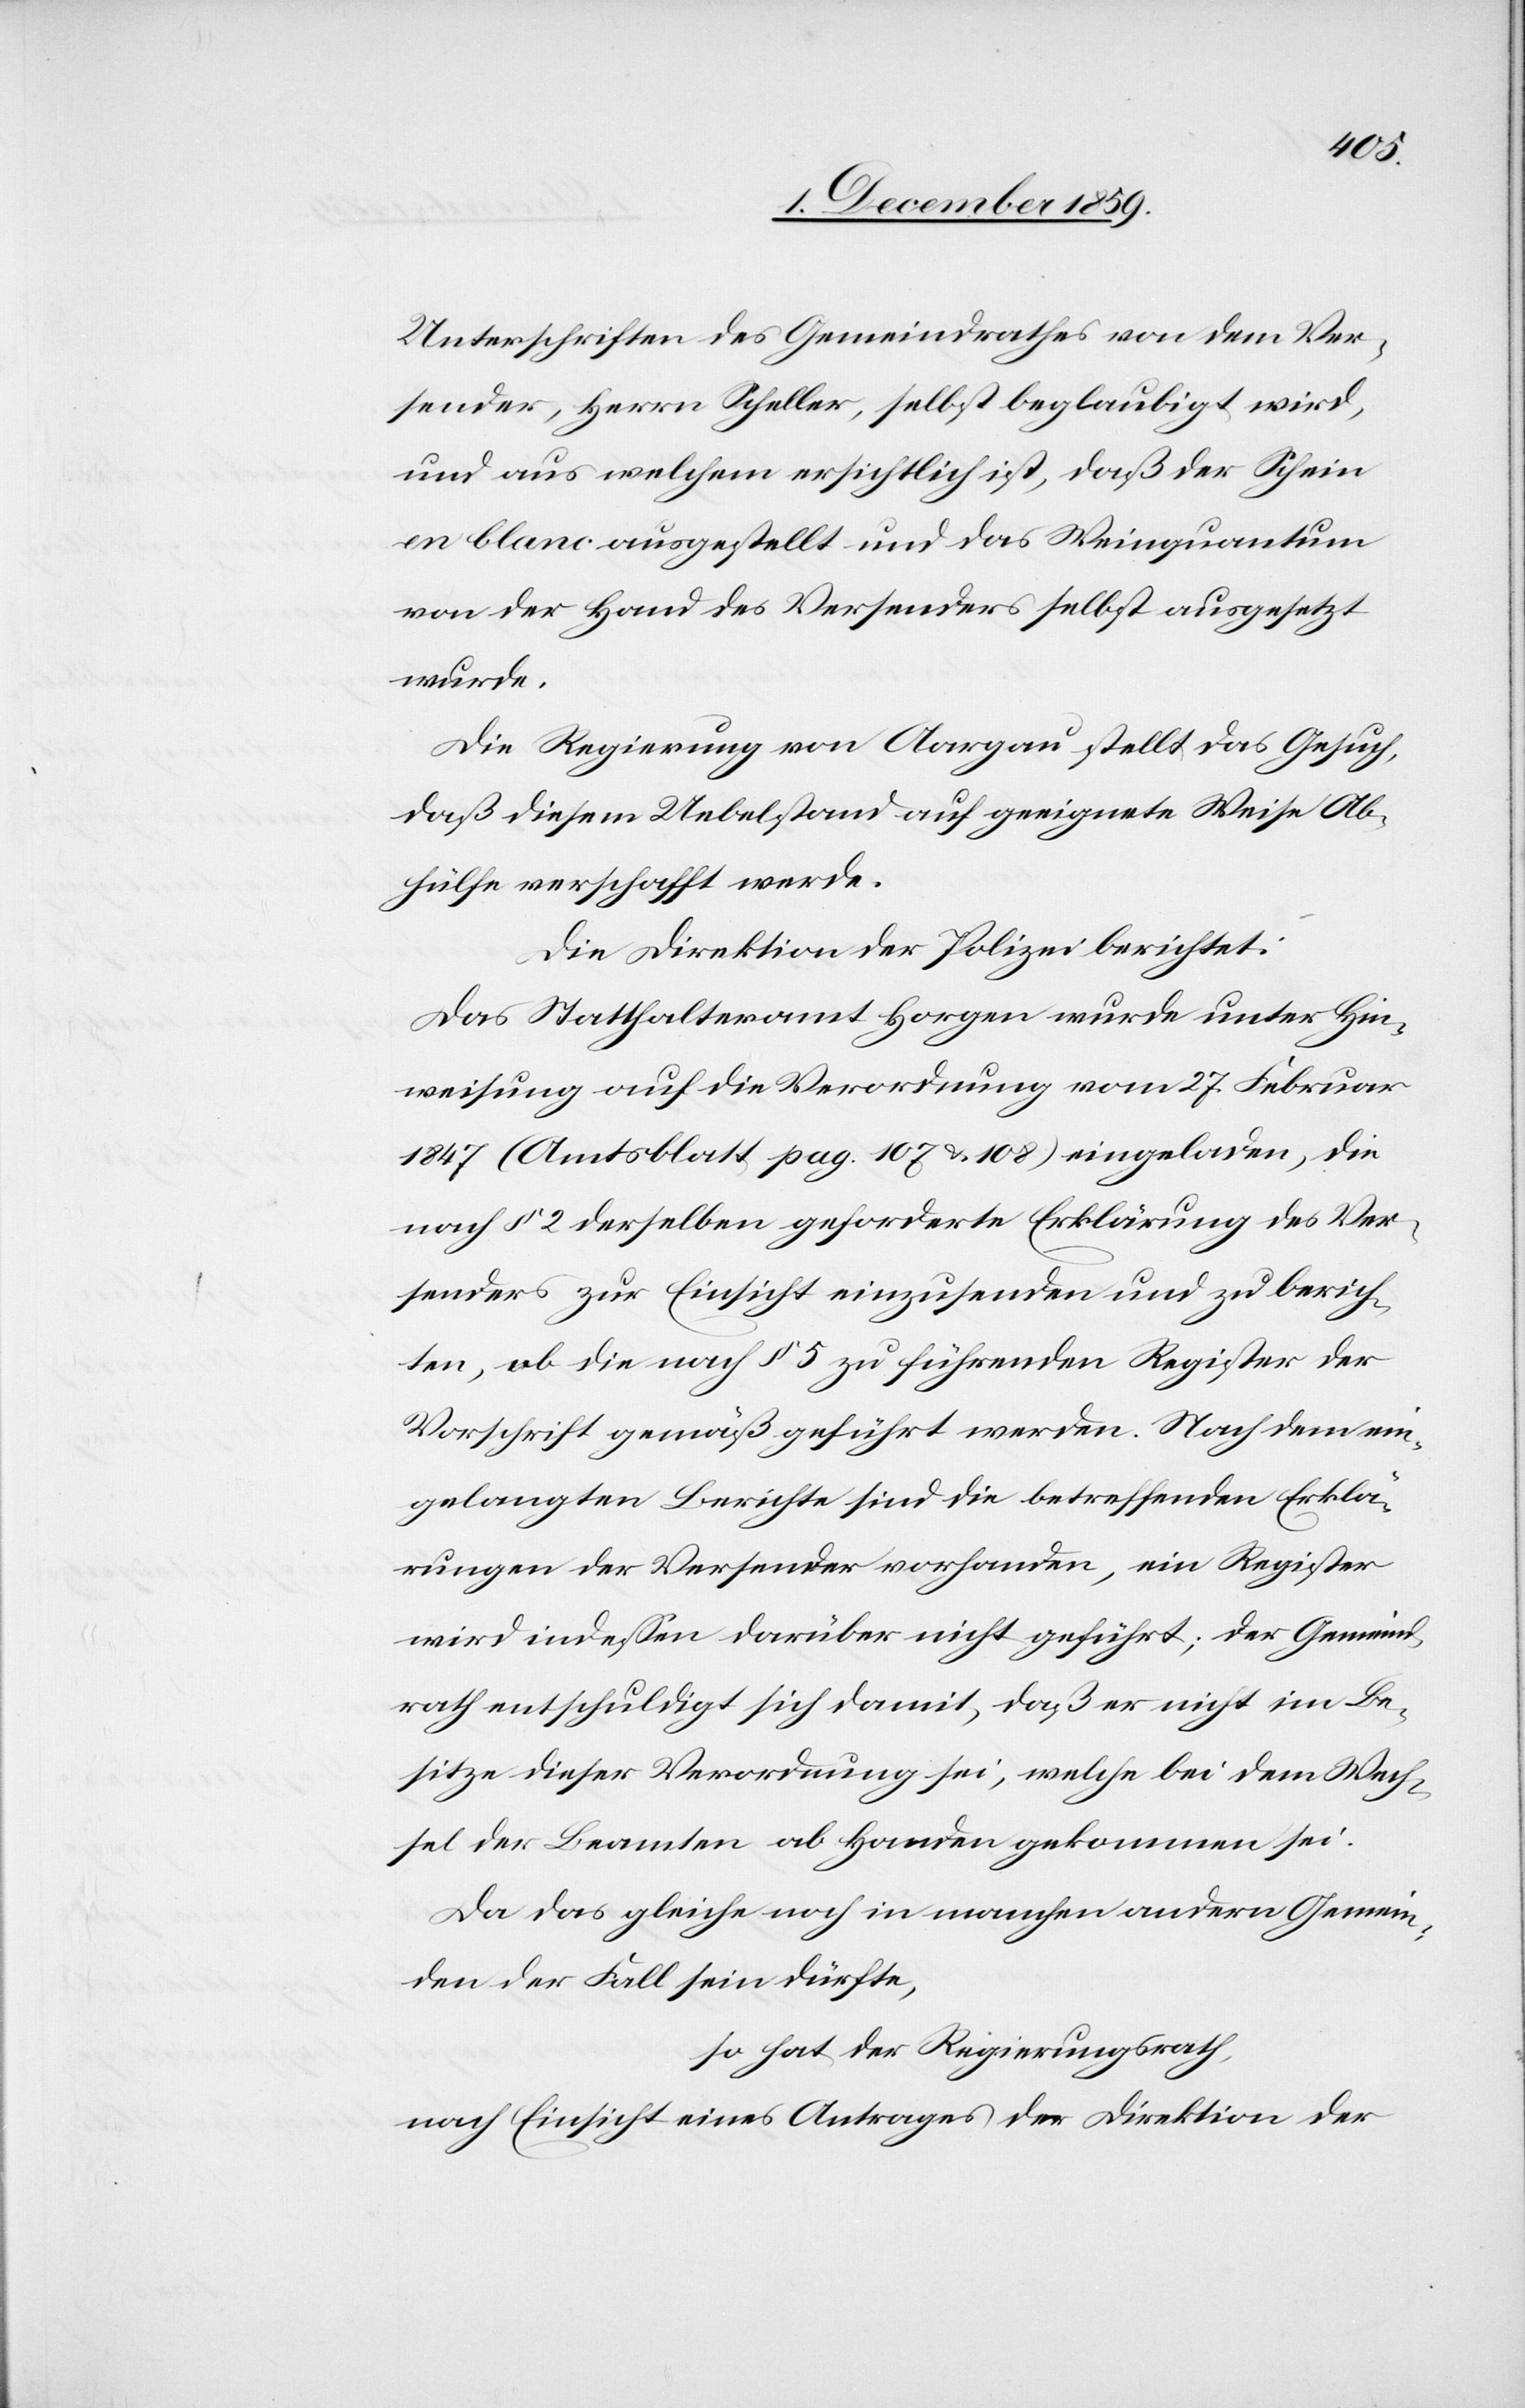
Unterschriften des Gemeindrathes von dem Ver¬
sender, Herrn Scheller, selbst beglaubigt wird,
und aus welchem ersichtlich ist, daß der Schein
en blanc ausgestellt und das Weinquantum
von der Hand des Versenders selbst ausgesetzt
wurde.
Die Regierung von Aargau stellt das Gesuch,
daß diesem Uebelstand auf geeignete Weise Ab¬
hülfe verschafft werde.
Die Direktion der Polizei berichtet:
Das Statthalteramt Horgen wurde unter Hin¬
weisung auf die Verordnung vom 27. Februar
1847 (Amtsblatt pag. 107 & 108) eingeladen, die
nach § 2 derselben geforderte Erklärung des Ver¬
senders zur Einsicht einzusenden und zu berich¬
ten, ob die nach § 5 zu führenden Register der
Vorschrift gemäß geführt wurden. Nach dem ein¬
gelangten Berichte sind die betreffenden Erklä¬
rungen der Versenden vorhanden, ein Register
wird indessen darüber nicht geführt; der Gemeind¬
rath entschuldigt sich damit, daß er nicht im Be¬
sitze dieser Verordnung sei, welche bei dem Wech¬
sel der Beamten ab Handen gekommen sei.
Da das gleiche noch in manchen andern Gemein¬
den der Fall sein dürfte,
so hat der Regierungsrath,
nach Einsicht eines Antrages der Direktion der